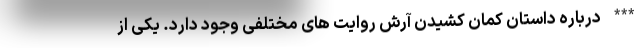
*** درباره داستان کمان کشیدن آرش روایت های مختلفی وجود دارد. یکی از